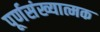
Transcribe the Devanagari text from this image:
पूर्णसंख्यात्मक